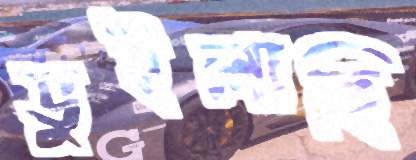
ভুইলাছি